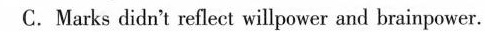
C.Marks didn't reflect willpower and brainpower.